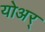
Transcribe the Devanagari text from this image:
योअर्